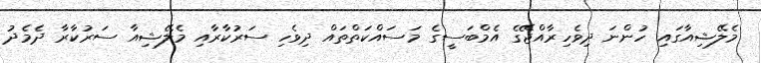
މެލޭޝިއާގައި ހުންނަ ދިވެހިރާއްޖޭގެ އެމްބަސީގެ މަސައްކަތްތައް ދިވެހި ސަރުކާރާއި މެލޭޝިއާ ސަރުކާރާ ދެމެދު